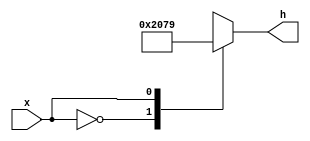
module binary_to_hex_decoder_1_bit(
	input x,
	output reg [0:6]h);
	
	always @(x)
		case(x)
			0: h = 7'b1000000;
			1: h = 7'b1111001;
		endcase
	
endmodule